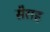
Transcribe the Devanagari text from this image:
सैराह